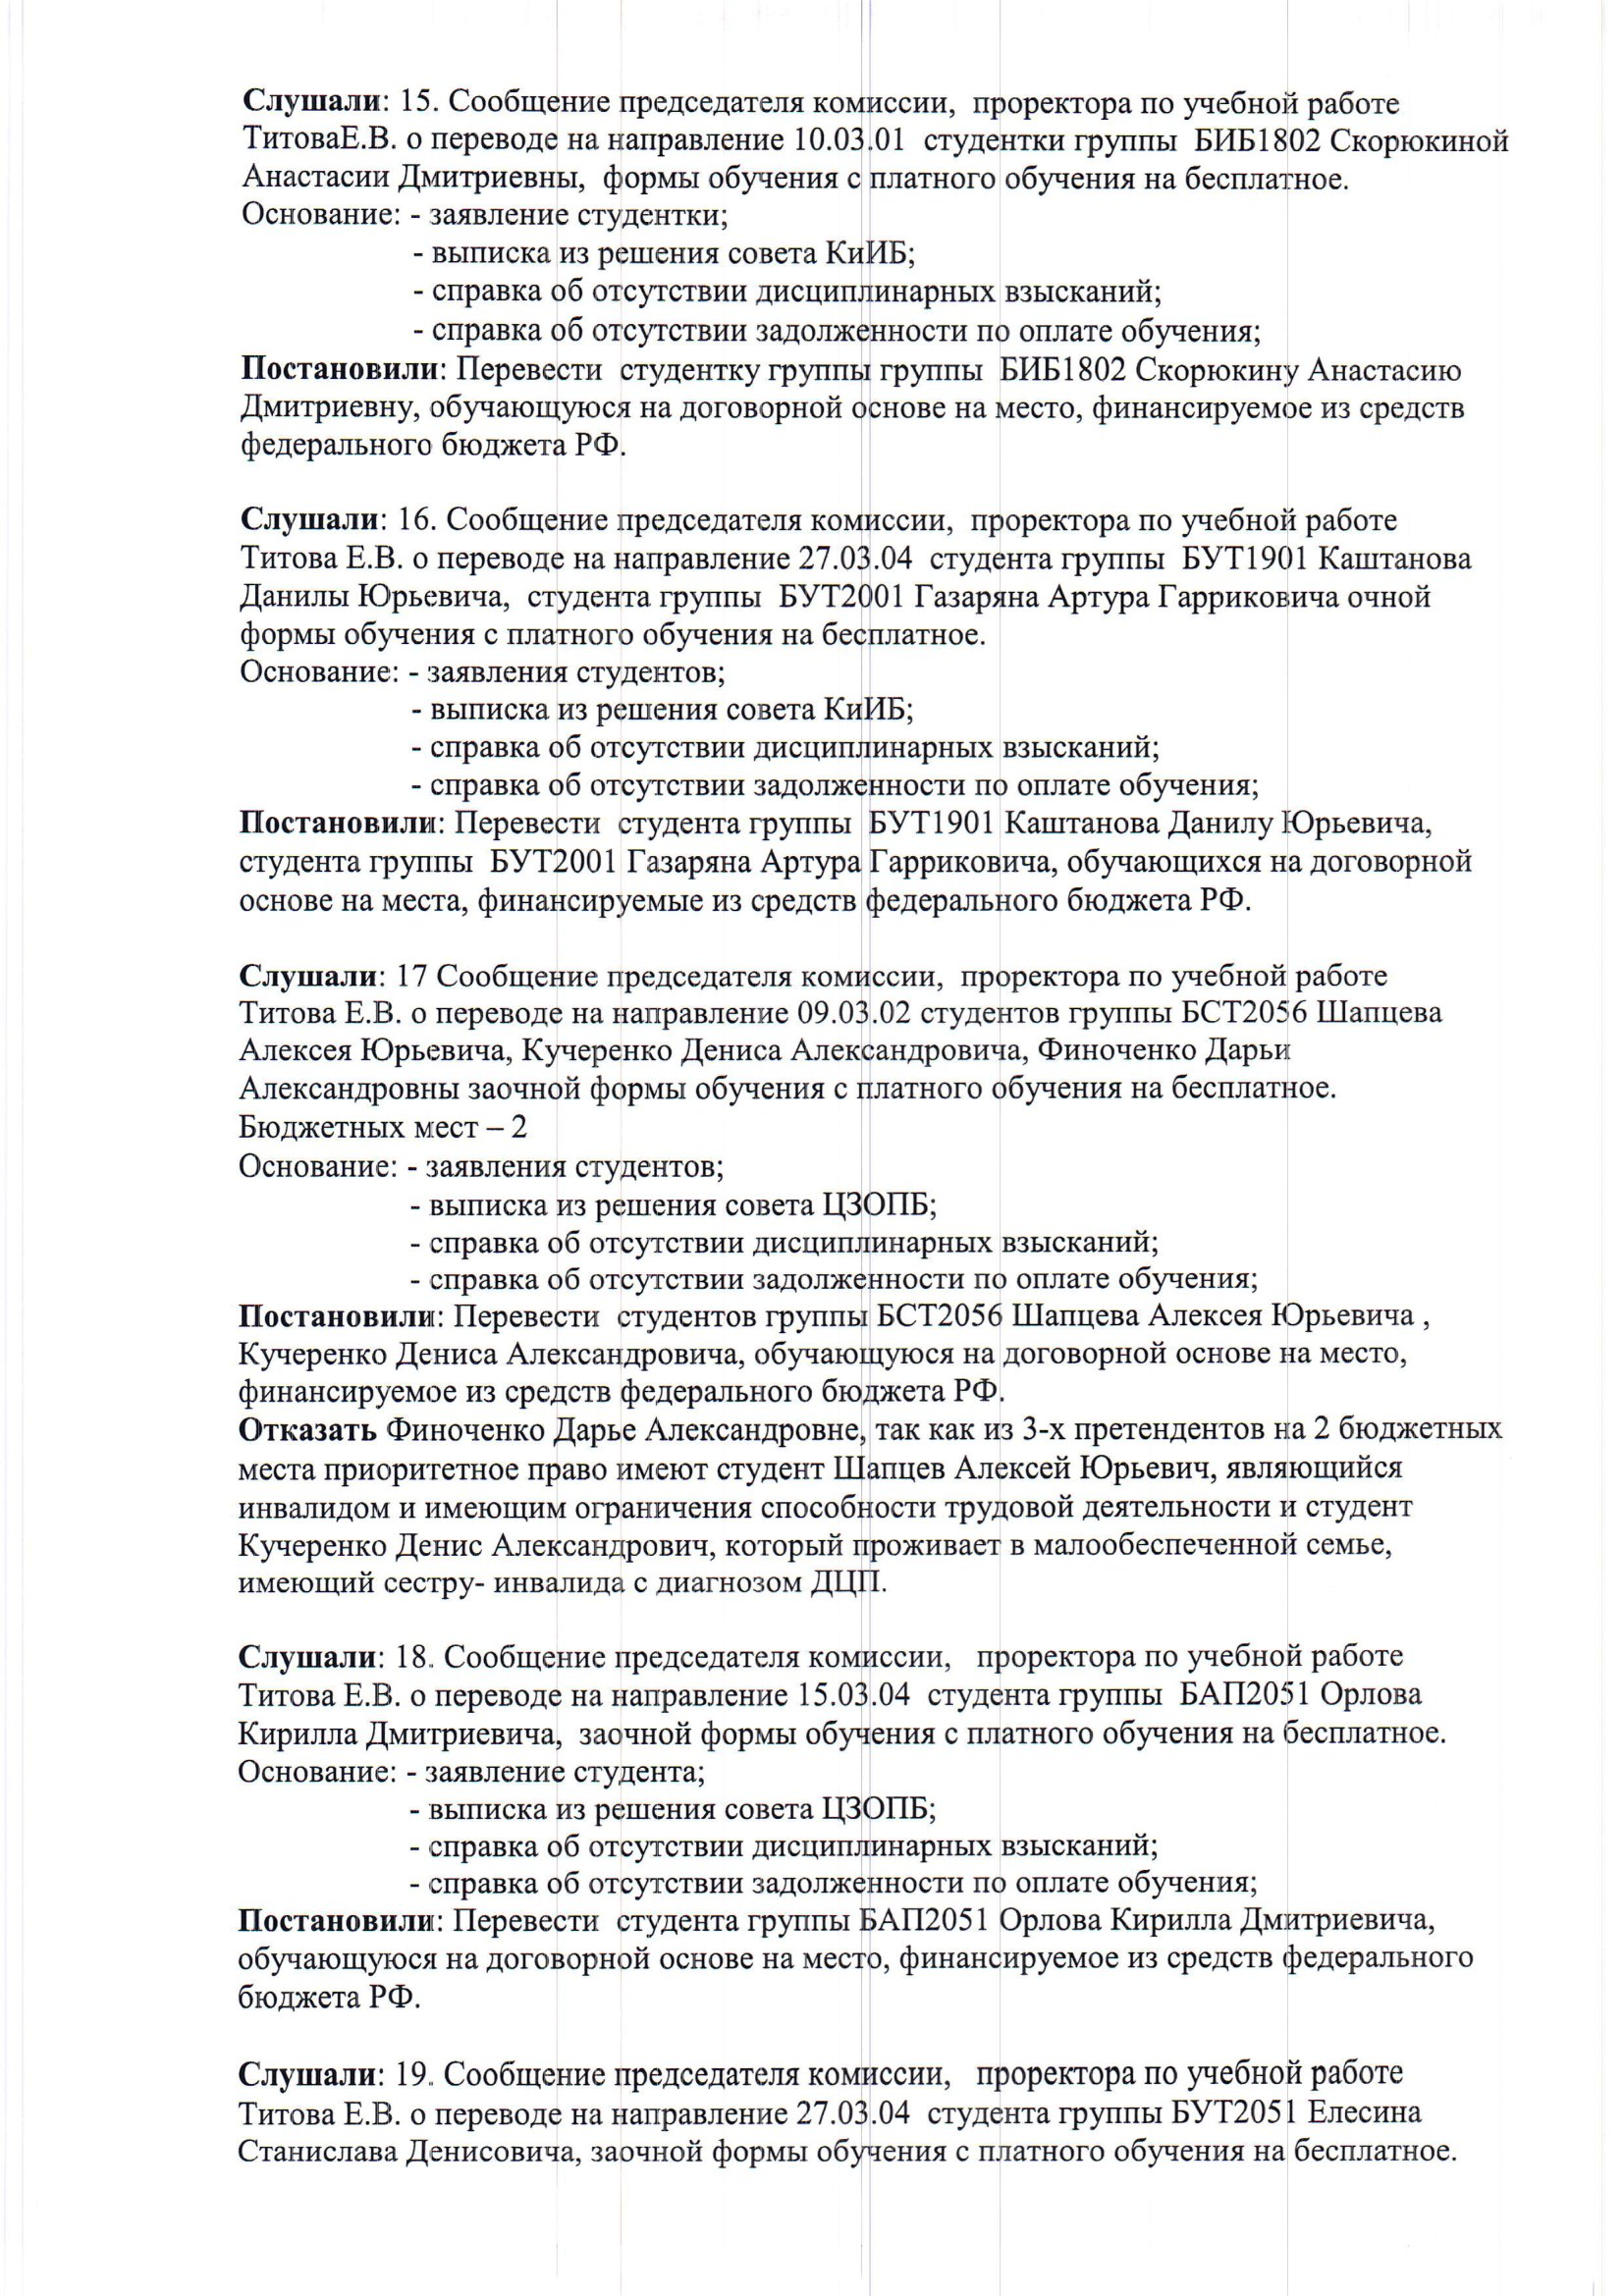
Language: ru